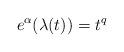
LaTeX: \begin{align*}e^\alpha(\lambda(t)) = t^q \end{align*}